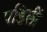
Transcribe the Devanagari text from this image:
पडिलीं